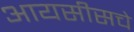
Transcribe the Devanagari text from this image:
आयसीसचे